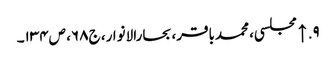
۹. ↑ مجلسی، محمدباقر، بحارالانوار، ج۶۸، ص۱۳۴۔